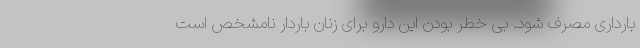
بارداری مصرف شود. بی خطر بودن این دارو برای زنان باردار نامشخص است